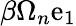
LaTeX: \beta\Omega_{n}\mathrm{e}_{1}